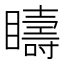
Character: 𥌆